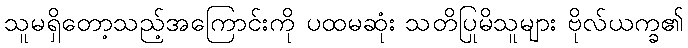
သူမရှိတော့သည့်အကြောင်းကို ပထမဆုံး သတိပြုမိသူများ ဗိုလ်ယက္ခ၏